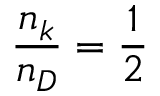
\frac { n _ { k } } { n _ { D } } = \frac { 1 } { 2 }